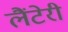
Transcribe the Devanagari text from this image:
लैंटेरी